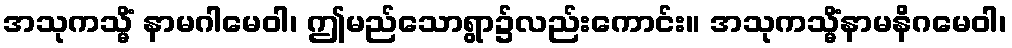
အသုကသ္မိံ နာမဂါမေဝါ၊ ဤမည်သောရွာ၌လည်းကောင်း။ အသုကသ္မိံနာမနိဂမေဝါ၊